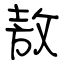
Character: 敖